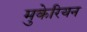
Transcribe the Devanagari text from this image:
मुकेरियन